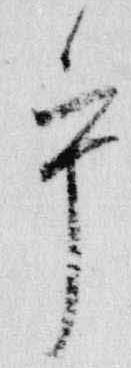
乎